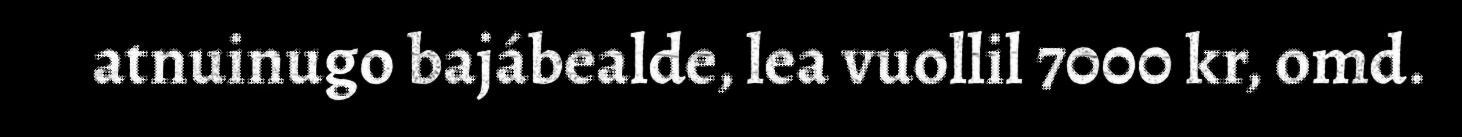
atnuinugo bajábealde, lea vuollil 7000 kr, omd.